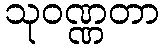
သုဝဏ္ဏတာ